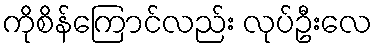
ကိုစိန်ကြောင်လည်း လုပ်ဦးလေ